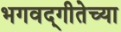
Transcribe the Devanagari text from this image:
भगवद्‌गीतेच्या